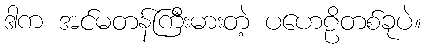
ဒါက အင်မတန်ကြီးမားတဲ့ ပဟေဠိတစ်ခုပဲ။